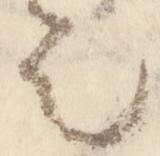
令